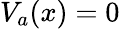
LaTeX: V_{a}(x)=0